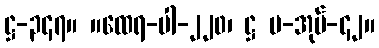
ဋ္ဌ-၃၄၇။ ။ထေရ-ပါ-၂၂၀၊ ဋ္ဌ ပ-အုပ်-၄၂။